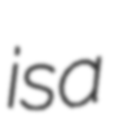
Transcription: is a